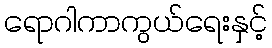
ရောဂါကာကွယ်ရေးနှင့်